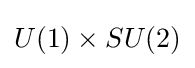
U(1)\times SU(2)